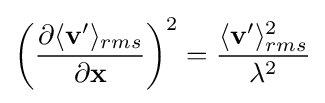
\left({\frac {\partial \langle \mathbf {v} '\rangle _{rms}}{\partial \mathbf {x} }}\right)^{2}={\frac {\langle \mathbf {v} '\rangle _{rms}^{2}}{\lambda ^{2}}}